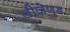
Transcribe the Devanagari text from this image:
लीजेण्ड